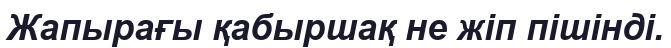
Жапырағы қабыршақ не жіп пішінді.